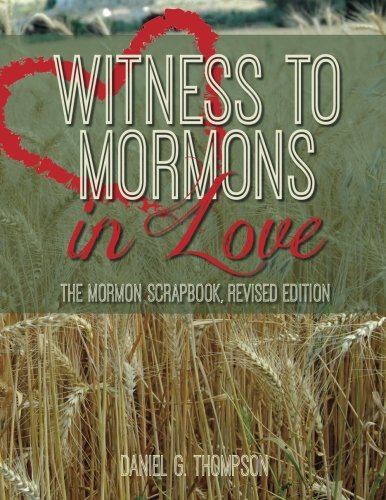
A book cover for Witness to Mormons In Love: The Mormon Scrapbook Revised Edition; Daniel G. Thompson; Religion & Spirituality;